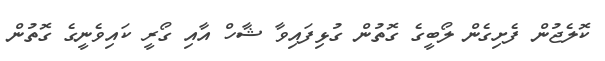
ކޮލެޖުން ފެށިގެން ލޯބީގެ ގޮތުން ގުޅިފައިވާ ޝާހް އާއި ގޯރީ ކައިވެނީގެ ގޮތުން